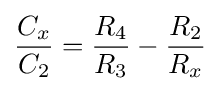
{C_{x} \over C_{2}}={R_{4} \over R_{3}}-{R_{2} \over R_{x}}